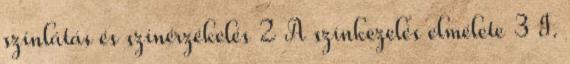
színlátás és színérzékelés 2 A színkezelés elmélete 3 I.